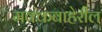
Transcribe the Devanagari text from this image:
मक्केबाहेरील